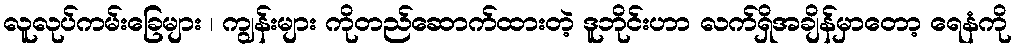
လူလုပ်ကမ်းခြေများ ၊ ကျွန်းများ ကိုတည်ဆောက်ထားတဲ့ ဒူဘိုင်းဟာ လက်ရှိအချိန်မှာတော့ ရေနံကို